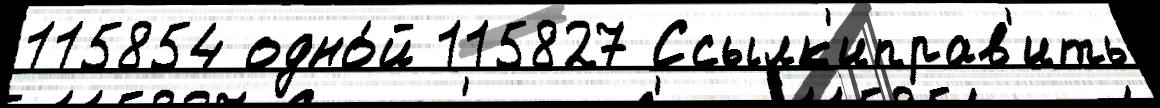
115854 одно́й 115827 Ссылк'иправ'ить